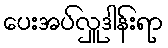
ပေးအပ်လှူဒါန်းရာ